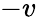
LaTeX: -v